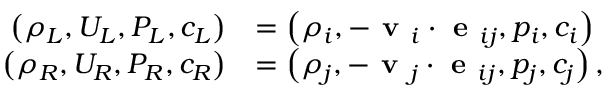
\begin{array} { r l } { \left( \rho _ { L } , U _ { L } , P _ { L } , c _ { L } \right) } & { = \left( \rho _ { i } , - \textbf { v } _ { i } \cdot \textbf { e } _ { i j } , p _ { i } , c _ { i } \right) } \\ { \left( \rho _ { R } , U _ { R } , P _ { R } , c _ { R } \right) } & { = \left( \rho _ { j } , - \textbf { v } _ { j } \cdot \textbf { e } _ { i j } , p _ { j } , c _ { j } \right) , } \end{array}